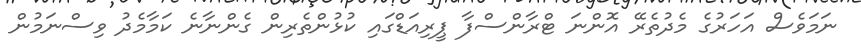
ނަމަވެސް އަހަރުގެ މެދުތެރޭ އޮންނަ ޓްރާންސްފާ ޕީރިއަޑްގައި ކުޅުންތެރިން ގެންނާނެ ކަމާމެދު ވިސްނަމުން